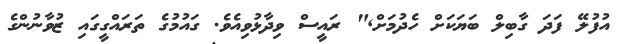
އުފުލޭ ފަދަ ގާބިލް ބަޔަކަށް ހެދުމަށް